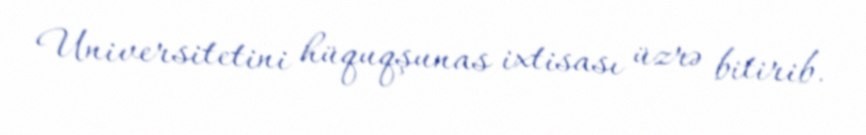
Universitetini hüquqşunas ixtisası üzrə bitirib.